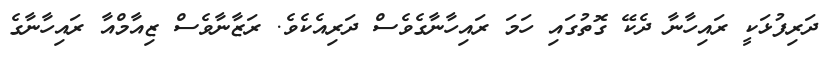
ދަރިފުޅަކީ ރައިހާނާ ދެކޭ ގޮތުގައި ހަމަ ރައިހާނާގެވެސް ދަރިއެކެވެ. ރަޒާނާވެސް ޒިއާމްއާ ރައިހާނާގެ